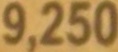
9.250